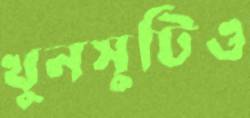
খুনসুটিও